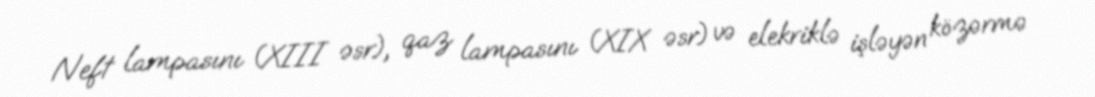
Neft lampasını (XIII əsr), qaz lampasını (XIX əsr) və elekriklə işləyən közərmə